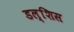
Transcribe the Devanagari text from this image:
डल्शिस